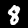
Label: 8